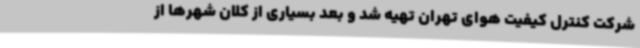
شرکت کنترل کیفیت هوای تهران تهیه شد و بعد بسیاری از کلان شهرها از